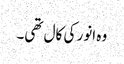
وہ انور کی کال تھی۔